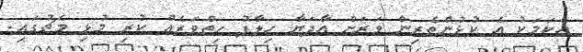
އެކަމަކު އެ ކުޅުންތެރިން ވަރަށް އާދަޔާ ހިލާފު ހިތްވަރެއް ކުރި މުޅި މެޗުގައި.